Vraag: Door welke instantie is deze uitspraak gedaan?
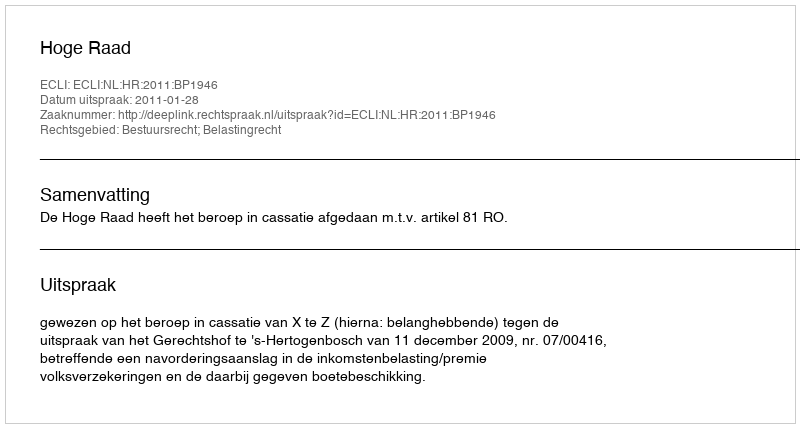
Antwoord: Hoge Raad